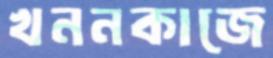
খননকাজে